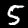
Label: 5